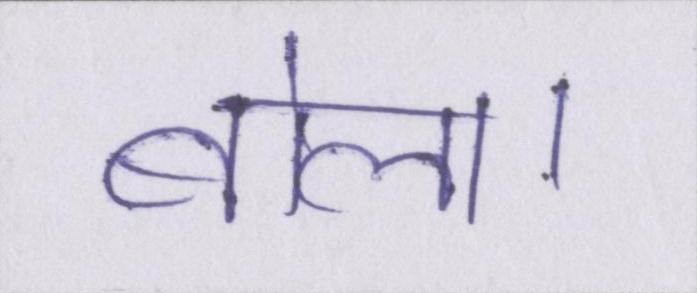
बोला।